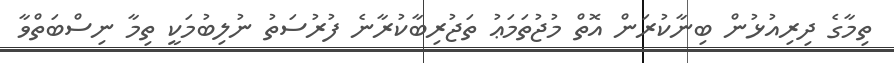
ތިމާގެ ދިރިއުޅުން ބިނާކުރަން އޮތް މުޖުތަމަޢު ތަޖުރިބާކުރާނެ ފުރުސަތު ނުލިބުމަކީ ތިމާ ނިސްބަތްވާ